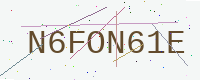
Text: N6FON61E